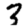
Digit: 3